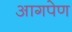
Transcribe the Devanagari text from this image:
आगपेण